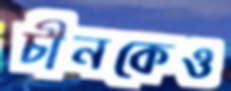
চীনকেও